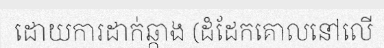
ដោយការដាក់ឆ្កាង (ដំដែកគោលនៅលើ